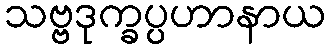
သဗ္ဗဒုက္ခပ္ပဟာနာယ